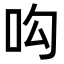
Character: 𠯜